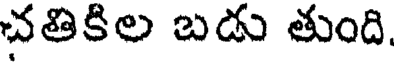
చతికిల బడు తుంది.